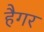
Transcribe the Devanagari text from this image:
हैगर